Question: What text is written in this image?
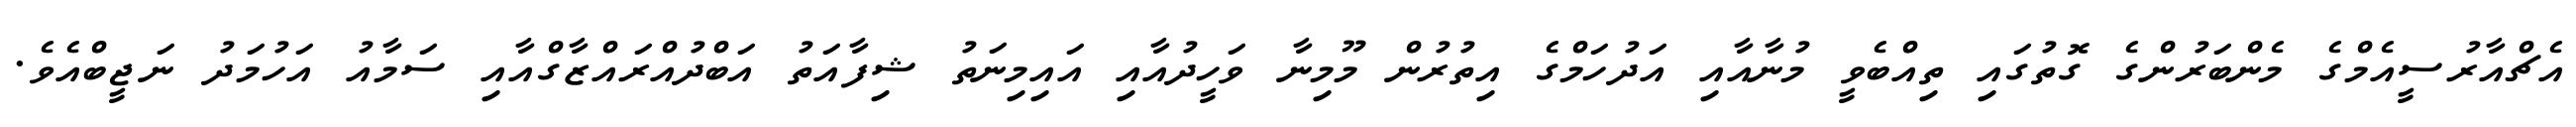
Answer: އެޗްއާރުސީއެމްގެ މެންބަރުންގެ ގޮތުގައި ތިއްބެވީ މުނާއާއި އަދުހަމްގެ އިތުރުން މޫމިނާ ވަހީދުއާއި އައިމިނަތު ޝިފާއަތު އަބްދުއްރައްޒާގްއާއި ސަމާއު އަހުމަދު ނަޖީބްއެވެ.